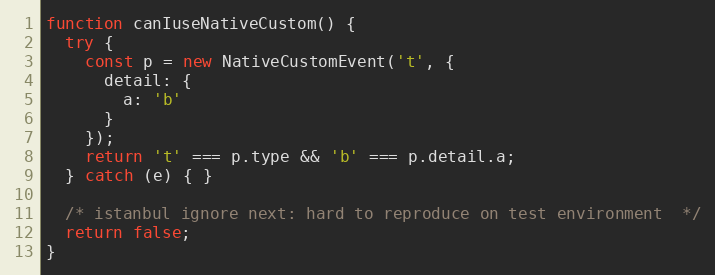
Language: JavaScript
function canIuseNativeCustom() {
  try {
    const p = new NativeCustomEvent('t', {
      detail: {
        a: 'b'
      }
    });
    return 't' === p.type && 'b' === p.detail.a;
  } catch (e) { }

  /* istanbul ignore next: hard to reproduce on test environment  */
  return false;
}